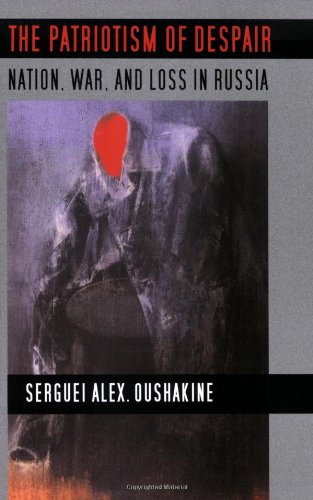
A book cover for The Patriotism of Despair: Nation, War, and Loss in Russia (Culture and Society after Socialism); Serguei Alex. Oushakine; History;